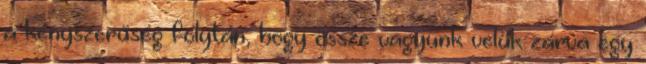
a kényszerűség folytán, hogy össze vagyunk velük zárva egy